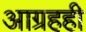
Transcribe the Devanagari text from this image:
आग्रहही